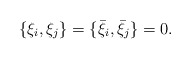
\begin{align*}\{\xi_i,\xi_j\}=\{{\bar \xi}_i,{\bar \xi}_j\}=0.\end{align*}